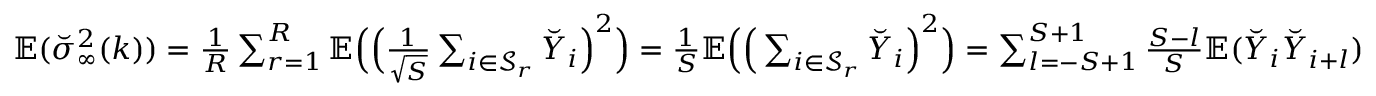
\begin{array} { r } { \mathbb { E } ( \breve { \sigma } _ { \infty } ^ { 2 } ( k ) ) = \frac { 1 } { R } \sum _ { r = 1 } ^ { R } \mathbb { E } \Big ( \Big ( \frac { 1 } { \sqrt { S } } \sum _ { i \in { \mathcal { S } _ { r } } } \breve { Y } _ { i } \Big ) ^ { 2 } \Big ) = \frac { 1 } { S } \mathbb { E } \Big ( \Big ( \sum _ { i \in { \mathcal { S } _ { r } } } \breve { Y } _ { i } \Big ) ^ { 2 } \Big ) = \sum _ { l = - S + 1 } ^ { S + 1 } \frac { S - l } { S } \mathbb { E } ( \breve { Y } _ { i } \breve { Y } _ { i + l } ) } \end{array}